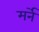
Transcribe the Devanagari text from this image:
मर्ने